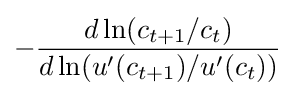
-{\frac {d\ln(c_{t+1}/c_{t})}{d\ln(u'(c_{t+1})/u'(c_{t}))}}